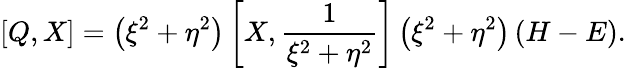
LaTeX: \left[Q,X\right]=\left(\xi^{2}+\eta^{2}\right)\left[X,\frac{1}{\xi^{2}+\eta^{2}}\right]\left(\xi^{2}+\eta^{2}\right)\left(H-E\right).